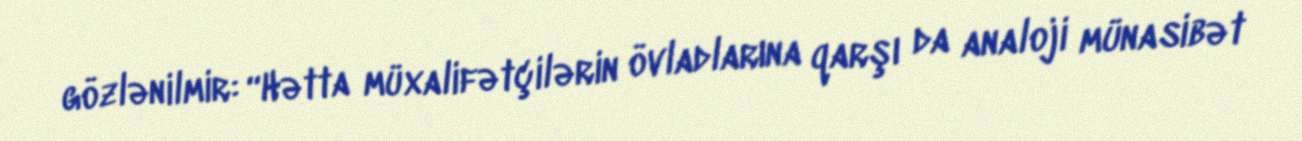
gözlənilmir: “Hətta müxalifətçilərin övladlarına qarşı da analoji münasibət